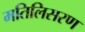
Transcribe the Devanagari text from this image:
मतिलिसरण